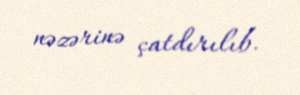
nəzərinə çatdırılıb.